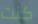
كنت